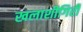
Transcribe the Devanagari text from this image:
खलाशीगिरी